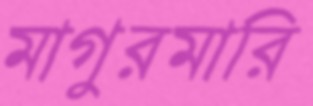
মাগুরমারি